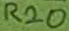
Text: R20